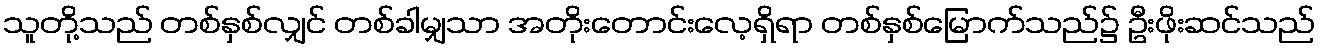
သူတို့သည် တစ်နှစ်လျှင် တစ်ခါမျှသာ အတိုးတောင်းလေ့ရှိရာ တစ်နှစ်မြောက်သည်၌ ဦးဖိုးဆင်သည်